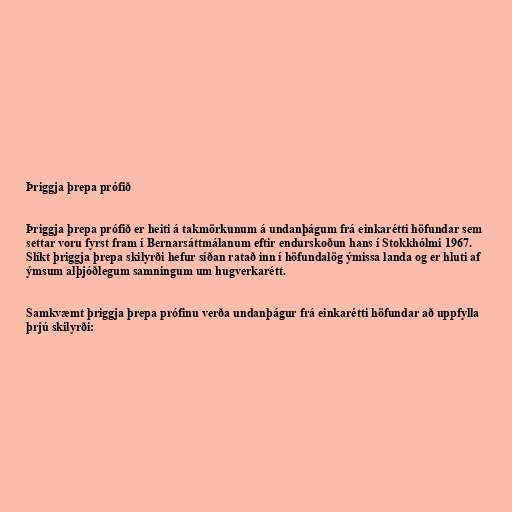
Þriggja þrepa prófið

Þriggja þrepa prófið er heiti á takmörkunum á undanþágum frá einkarétti höfundar sem
settar voru fyrst fram í Bernarsáttmálanum eftir endurskoðun hans í Stokkhólmi 1967.
Slíkt þriggja þrepa skilyrði hefur síðan ratað inn í höfundalög ýmissa landa og er hluti af
ýmsum alþjóðlegum samningum um hugverkarétt.

Samkvæmt þriggja þrepa prófinu verða undanþágur frá einkarétti höfundar að uppfylla
þrjú skilyrði: